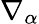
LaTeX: \nabla_{\alpha}